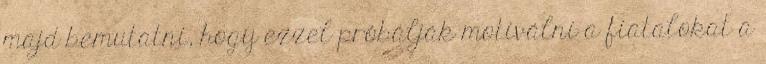
majd bemutatni, hogy ezzel próbálják motiválni a fiatalokat a